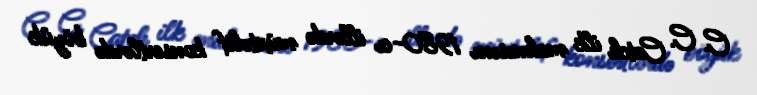
C. C. Catch ilk mahnısını 1980-cı illərdə müxtəlif konsertlərdə böyük